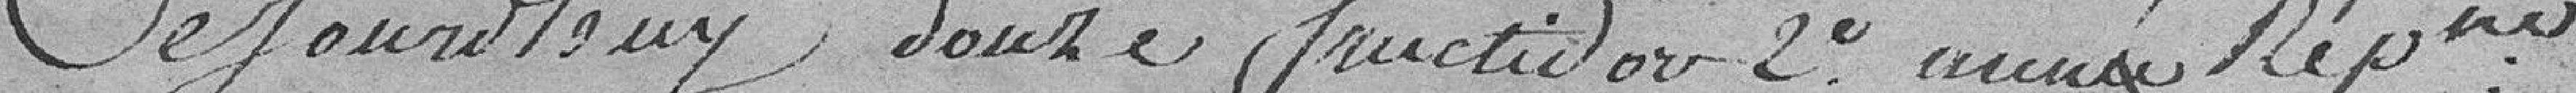
Ce jour d'Huy douze fructivore 2e année républicaine